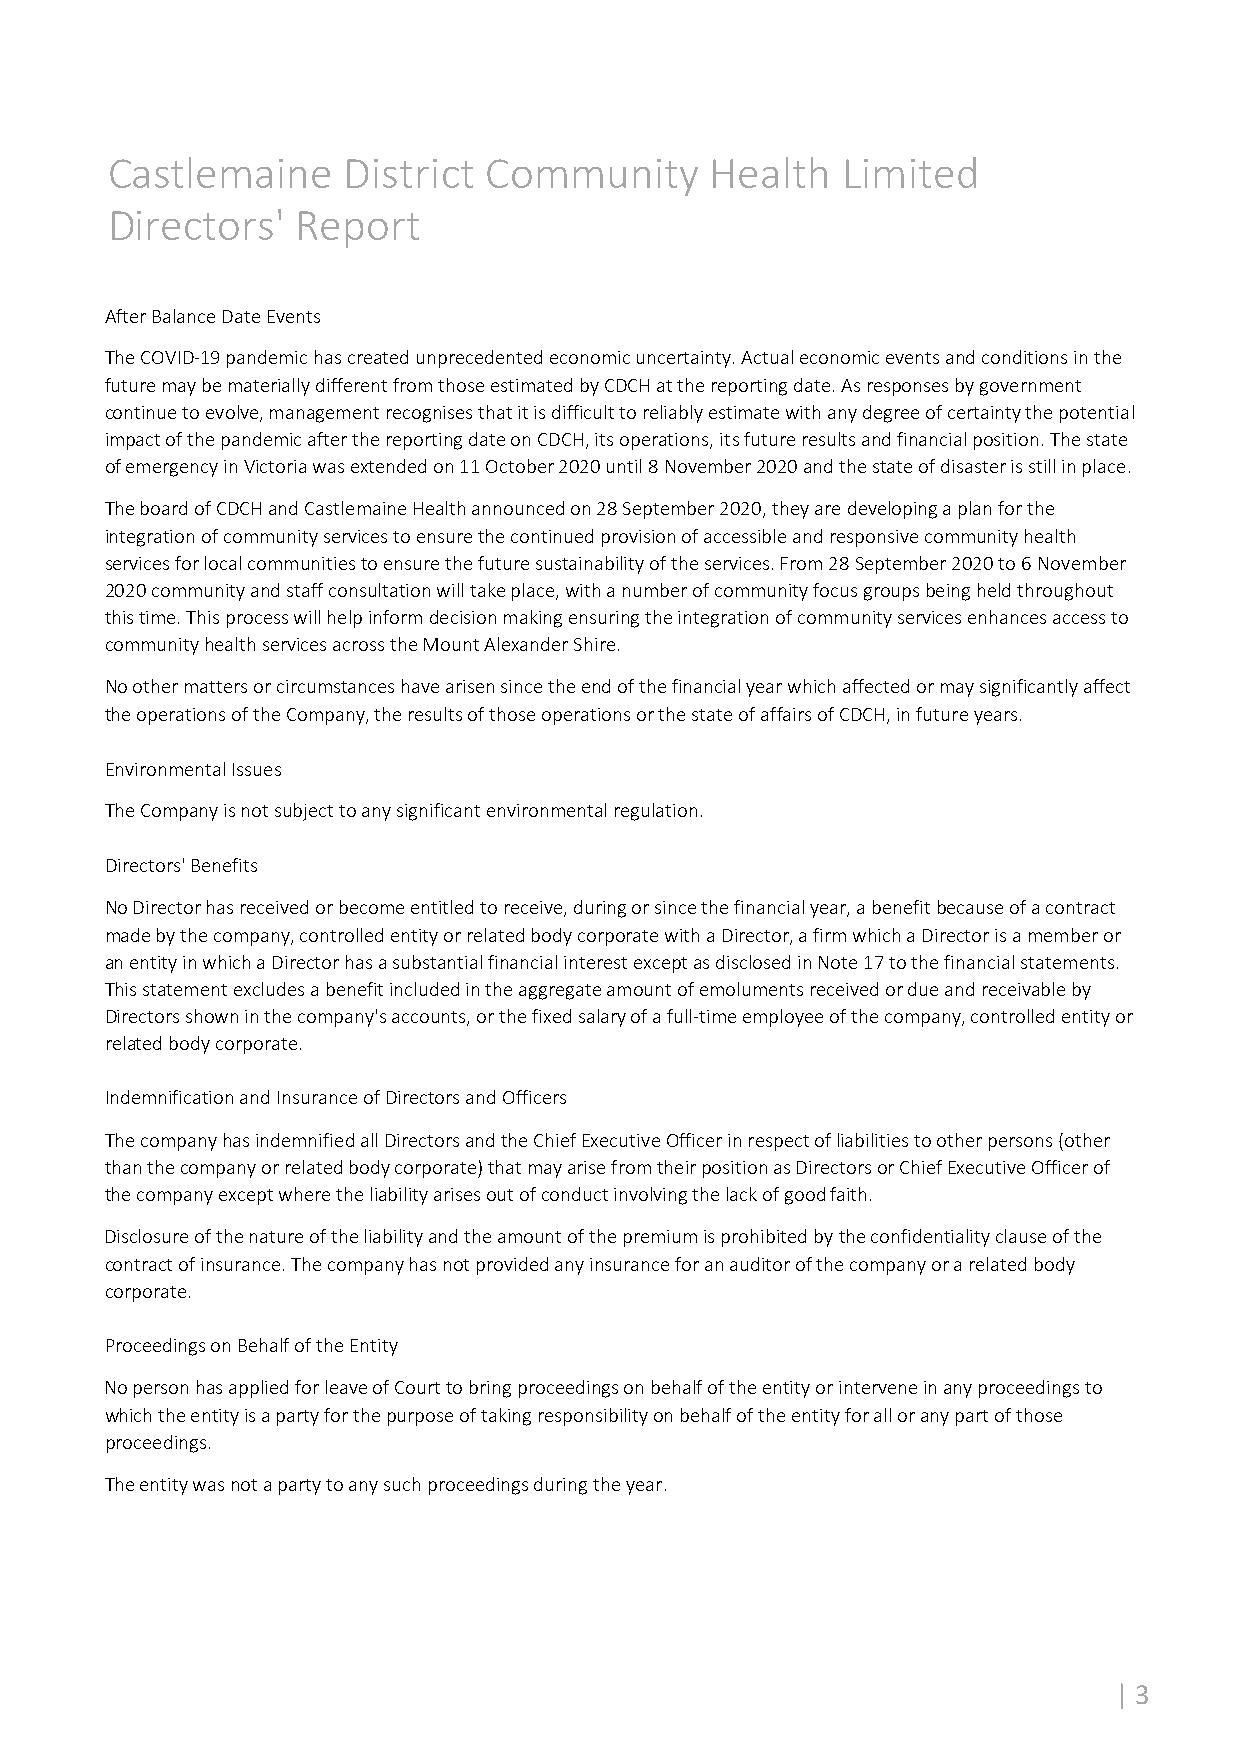
Castlemaine     District Community      Health   Limited
 Directors'   Report
 After Balance Date Events
 The COVID‐19 pandemic has created unprecedented economic uncertainty. Actual economic events and conditions in the
 future may be materially different from those estimated by CDCH at the reporting date. As responses by government
 continue to evolve, management recognises that it is difficult to reliably estimate with any degree of certainty the potential
 impact of the pandemic after the reporting date on CDCH, its operations, its future results and financial position. The state
 of emergency in Victoria was extended on 11 October 2020 until 8 November 2020 and the state of disaster is still in place.
 The board of CDCH and Castlemaine Health announced on 28 September 2020, they are developing a plan for the
 integration of community services to ensure the continued provision of accessible and responsive community health
 services for local communities to ensure the future sustainability of the services. From 28 September 2020 to 6 November
 2020 community and staff consultation will take place, with a number of community focus groups being held throughout
 this time. This process will help inform decision making ensuring the integration of community services enhances access to
 community health services across the Mount Alexander Shire.
 No other matters or circumstances have arisen since the end of the financial year which affected or may significantly affect
 the operations of the Company, the results of those operations or the state of affairs of CDCH, in future years.
 Environmental Issues
 The Company is not subject to any significant environmental regulation.
 Directors' Benefits
 No Director has received or become entitled to receive, during or since the financial year, a benefit because of a contract
 made by the company, controlled entity or related body corporate with a Director, a firm which a Director is a member or
 an entity in which a Director has a substantial financial interest except as disclosed in Note 17 to the financial statements.
 This statement excludes a benefit included in the aggregate amount of emoluments received or due and receivable by
 Directors shown in the company's accounts, or the fixed salary of a full‐time employee of the company, controlled entity or
 related body corporate.
 Indemnification and Insurance of Directors and Officers
 The company has indemnified all Directors and the Chief Executive Officer in respect of liabilities to other persons (other
 than the company or related body corporate) that may arise from their position as Directors or Chief Executive Officer of
 the company except where the liability arises out of conduct involving the lack of good faith.
 Disclosure of the nature of the liability and the amount of the premium is prohibited by the confidentiality clause of the
 contract of insurance. The company has not provided any insurance for an auditor of the company or a related body
 corporate.
 Proceedings on Behalf of the Entity
 No person has applied for leave of Court to bring proceedings on behalf of the entity or intervene in any proceedings to
 which the entity is a party for the purpose of taking responsibility on behalf of the entity for all or any part of those
 proceedings.
 The entity was not a party to any such proceedings during the year.
 | 3